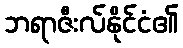
ဘရာဇီးလ်နိုင်ငံ၏